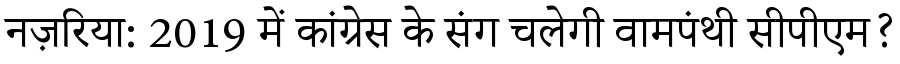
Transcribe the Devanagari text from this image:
नज़रिया: 2019 में कांग्रेस के संग चलेगी वामपंथी सीपीएम?